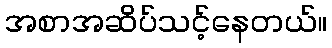
အစာအဆိပ်သင့်နေတယ်။